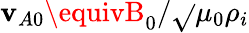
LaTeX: \mathbf{v}_{A0}\equivB_{0}/\sqrt{}{{\mu_{0}\rho_{i}}}